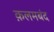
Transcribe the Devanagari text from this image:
क़लमबंद